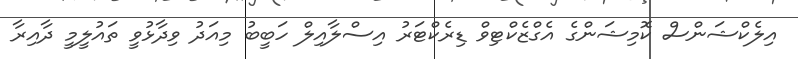
އިލެކްޝަންސް ކޮމިޝަންގެ އެގްޒެކްޓިވް ޑިރެކްޓަރު އިސްލާއިލް ހަބީބު މިއަދު ވިދާޅުވީ ތައުލީމީ ދާއިރާ